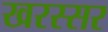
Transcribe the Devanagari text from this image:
खरस्सर